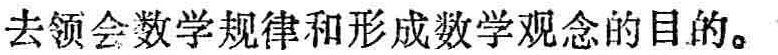
去领会数学规律和形成数学观念的目的。